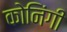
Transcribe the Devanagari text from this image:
कोनिंगी